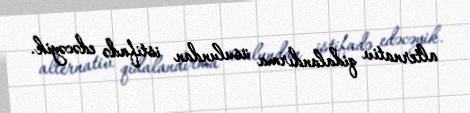
alternativ qidalandırma üsulundan istifadə edəcəyik.